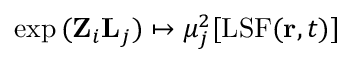
\exp { ( \mathbf { Z } _ { i } \mathbf { L } _ { j } ) } \mapsto \mu _ { j } ^ { 2 } [ \mathrm { L S F } ( \mathbf { r } , t ) ]